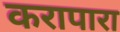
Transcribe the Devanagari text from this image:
करापारा